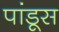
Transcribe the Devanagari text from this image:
पांडूस